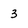
Character: 3